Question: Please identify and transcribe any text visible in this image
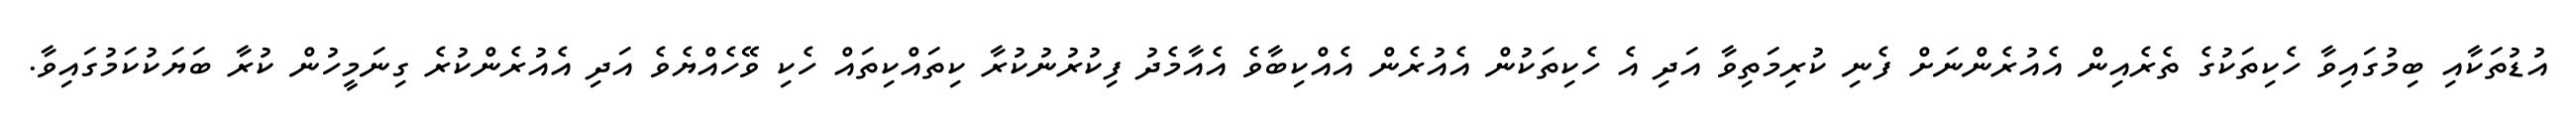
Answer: އުޑުތަކާއި ބިމުގައިވާ ހެކިތަކުގެ ތެރެއިން އެއުރެންނަށް ފެނި ކުރިމަތިވާ އަދި އެ ހެކިތަކުން އެއުރެން އެއްކިބާވެ އެއާމެދު ފިކުރުނުކުރާ ކިތައްކިތައް ހެކި ވޭހެއްޔެވެ އަދި އެއުރެންކުރެ ގިނަމީހުން ކުރާ ބަޔަކުކަމުގައިވާ.